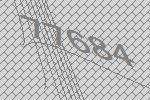
77684